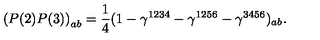
\left( P ( 2 ) P ( 3 ) \right) _ { a b } = \frac { 1 } { 4 } ( 1 - \gamma ^ { 1 2 3 4 } - \gamma ^ { 1 2 5 6 } - \gamma ^ { 3 4 5 6 } ) _ { a b } .